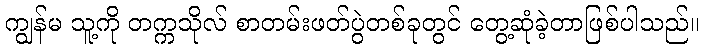
ကျွန်မ သူ့ကို တက္ကသိုလ် စာတမ်းဖတ်ပွဲတစ်ခုတွင် တွေ့ဆုံခဲ့တာဖြစ်ပါသည်။